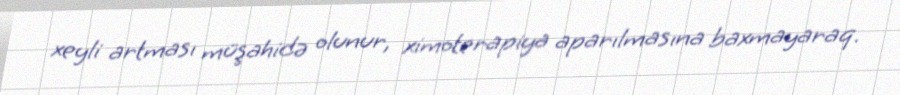
xeyli artması müşahidə olunur, ximoterapiya aparılmasına baxmayaraq.